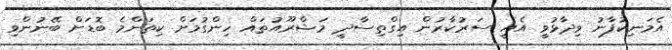
އެމަނިކުފާނު ވިދާޅުވީ އެއީ ސަރުކާރުން އިގްތިސާދީ މަޝްރޫއުތައް ހިންގުމަށް ކިތަންމެ ބޮޑަށް ބޭނުންވި